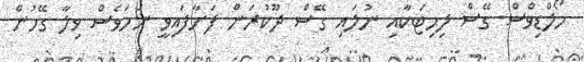
މޯލްޑިވްސް ގޭސް ލިމިޓަކާއި ނުލައި ގޭސް ދޫކުރަން ފަށާފައިވީ ނަމަވެސް ވިލާ ގޭހުން